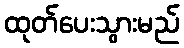
ထုတ်ပေးသွားမည်